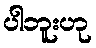
ပါဘူးဟု